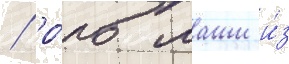
/ ро́ль маши и́з